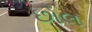
છોલ